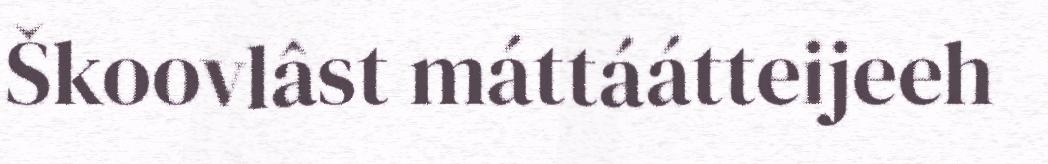
Škoovlâst máttáátteijeeh